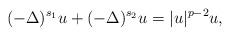
LaTeX: \begin{align*} (-\Delta)^{s_1} u +(-\Delta)^{s_2} u =|u|^{p-2} u,\end{align*}